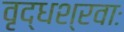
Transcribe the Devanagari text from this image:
वृद्धश्रवाः